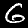
Digit: 6